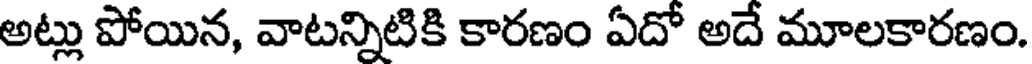
అట్లు పోయిన, వాటన్నిటికి కారణం ఏదో అదే మూలకారణం.